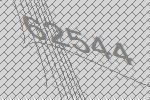
62544